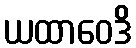
ယထာဝေဒိ